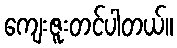
ကျေးဇူးတင်ပါတယ်။